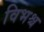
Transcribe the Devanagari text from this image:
विभश्च